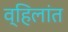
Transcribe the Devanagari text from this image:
व्हिलांत